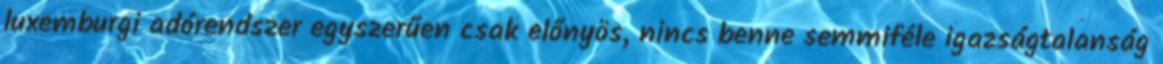
luxemburgi adórendszer egyszerűen csak előnyös, nincs benne semmiféle igazságtalanság